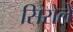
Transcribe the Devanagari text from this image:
सिरोले